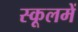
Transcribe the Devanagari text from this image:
स्कूलमें